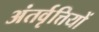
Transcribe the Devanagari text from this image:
अंतर्वृत्तियों